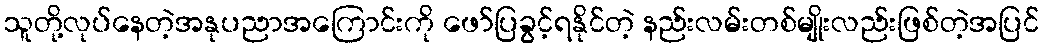
သူတို့လုပ်နေတဲ့အနုပညာအကြောင်းကို ဖော်ပြခွင့်ရနိုင်တဲ့ နည်းလမ်းတစ်မျိုးလည်းဖြစ်တဲ့အပြင်